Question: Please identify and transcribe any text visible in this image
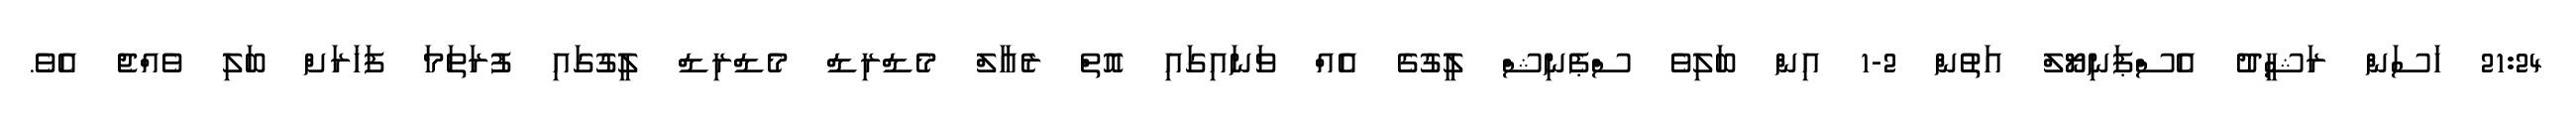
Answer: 21:24 ހަސަން ރަޝީދު އެސްޕަނިޔޯލް އަތުން 2-1 އިން ބަލިވެ ސްޕެނިޝް ލީގުގެ އެއް ވަނައިގައި އޮތް ރެއާލް މެޑްރިޑް މެޑްރިޑް ލީގުގައި ފުރަތަމަ ފަހަރަށް ބަލި ވެއްޖެ އެވެ.